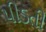
પીડતી